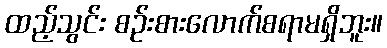
ထည့်သွင်း စဉ်းစားလောက်စရာမရှိဘူး။